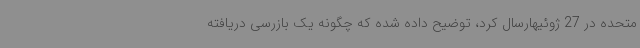
متحده در 27 ژوئیهارسال کرد، توضیح داده شده که چگونه یک بازرسی دریافته